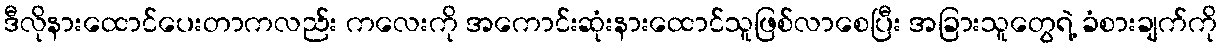
ဒီလိုနားထောင်ပေးတာကလည်း ကလေးကို အကောင်းဆုံးနားထောင်သူဖြစ်လာစေပြီး အခြားသူတွေရဲ့ ခံစားချက်ကို